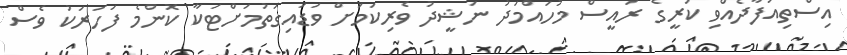
އިސްތިއުފާދެއްވި ކުރީގެ ރައީސް މުހައްމަދު ނަޝީދު ވެރިކަމަށް ވަޑައިގަތުމަށްޓަކާ ކޮންމެ ފަހަރަކު ވެސް